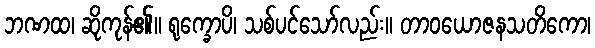
ဘဏထ၊ ဆိုကုန်၏။ ရုက္ခောပိ၊ သစ်ပင်သော်လည်း။ တာဝယောဇနသတိကော၊